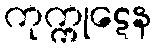
ကုက္ကုဋေန